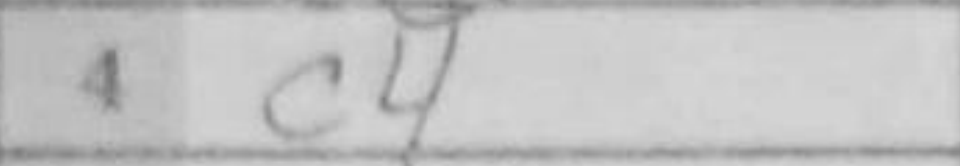
Transcription: c4